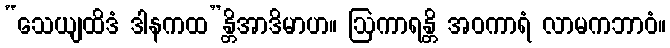
“သေယျထိဒံ ဒါနကထ”န္တိအာဒိမာဟ။ ဩကာရန္တိ အဝကာရံ လာမကဘာဝံ။